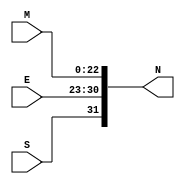
module vector
(
    input           S,              // --> sign
    input   [07:0]  E,              // --> Exponent
    input   [22:0]  M,              // --> Mantissa
    output  [31:0]  N               // --> out vector
);
    
assign N = {S,E,M};

endmodule //vector